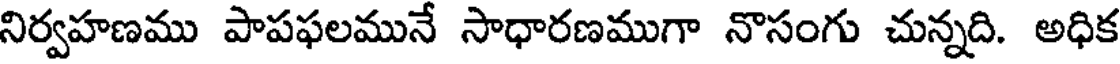
నిర్వహణము పాపఫలమునే సాధారణముగా నొసంగు చున్నది. అధిక